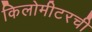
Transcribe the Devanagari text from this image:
किलोमीटरची